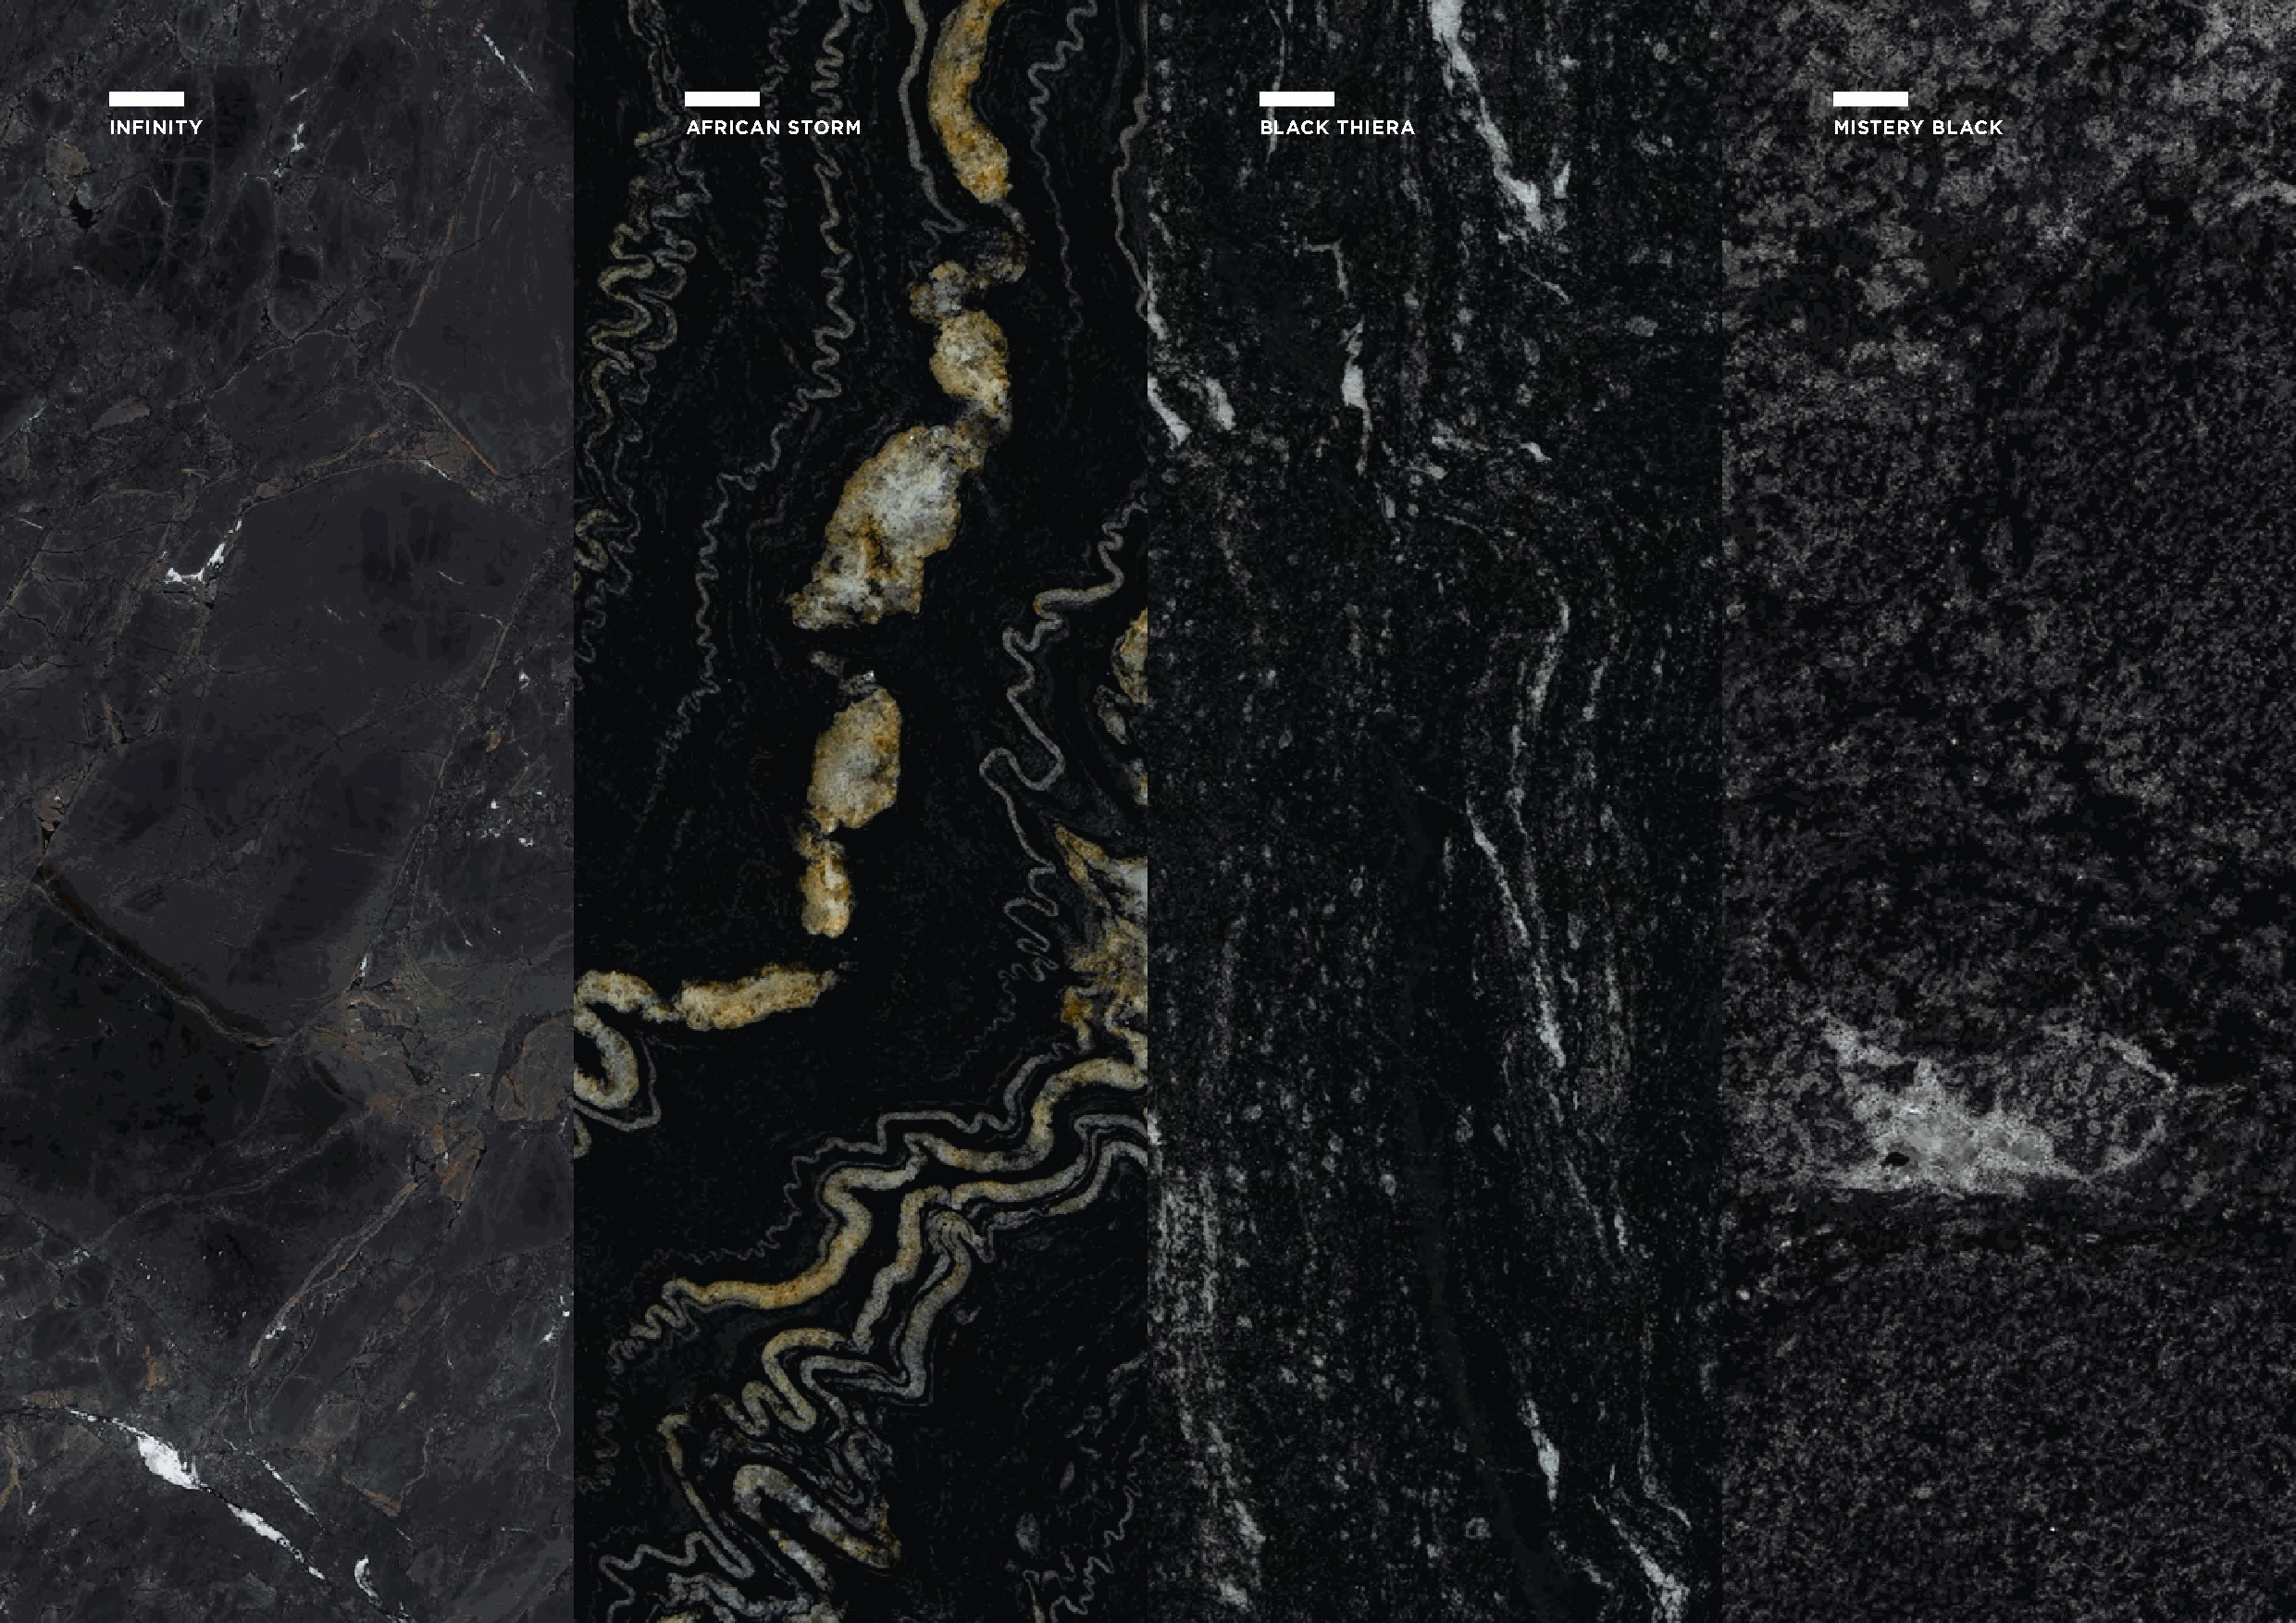
INFINITY                                 AFRICAN STORM                            BLACK THIERA                             MISTERY BLACK